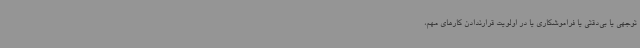
‌توجهی یا بی‌دقتی یا فراموشکاری یا در اولویت قرارندادن کارهای مهم،